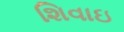
શિવાઇ